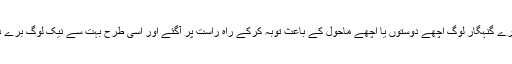
جیسا کہ ہم تاریخ میں دیکھتے ہیں کہ بہت سارے گنہگار لوگ اچھے دوستوں یا اچھے ماحول کے باعث توبہ کرکے راہِ راست پر آگئے اور اسی طرح بہت سے نیک لوگ برے دوستوں یا بُرے ماحول کے باعث بھٹک گئے۔